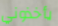
يأخذوني